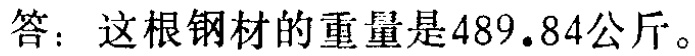
答：这根钢材的重量是\(489.84\)公斤。